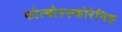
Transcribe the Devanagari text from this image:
फोत्बोल्ल्फोरेनिङ